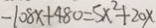
- 1 0 8 x + 4 8 0 = 5 x ^ { 2 } + 2 0 x